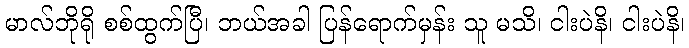
မာလ်ဘိုရို စစ်ထွက်ပြီ၊ ဘယ်အခါ ပြန်ရောက်မှန်း သူ မသိ၊ ငါးပဲနိ၊ ငါးပဲနိ၊